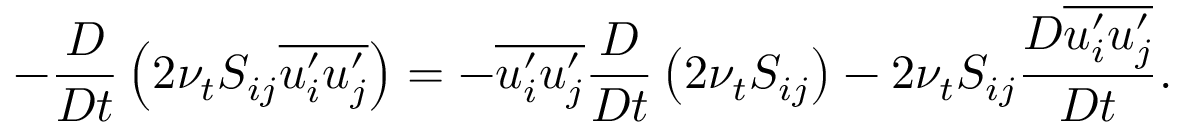
- \frac { D } { D t } \left( 2 \nu _ { t } S _ { i j } \overline { { u _ { i } ^ { \prime } u _ { j } ^ { \prime } } } \right) = - \overline { { u _ { i } ^ { \prime } u _ { j } ^ { \prime } } } \frac { D } { D t } \left( 2 \nu _ { t } S _ { i j } \right) - 2 \nu _ { t } S _ { i j } \frac { D \overline { { u _ { i } ^ { \prime } u _ { j } ^ { \prime } } } } { D t } .